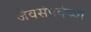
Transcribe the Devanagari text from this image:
जैवसंपदेच्या